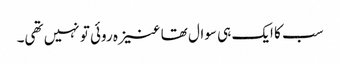
سب کا ایک ہی سوال تھا عنیزہ روئی تو نہیں تھی۔